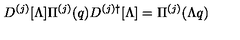
D ^ { ( j ) } [ \Lambda ] \Pi ^ { ( j ) } ( q ) D ^ { ( j ) \dagger } [ \Lambda ] = \Pi ^ { ( j ) } ( \Lambda q )